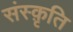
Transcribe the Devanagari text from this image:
संस्‍क़ृति